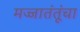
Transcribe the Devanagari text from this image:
मज्जातंतूंचा